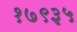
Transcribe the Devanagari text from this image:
१७९३५